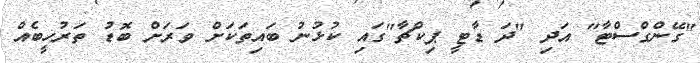
"ގޭންގްސްޓާ" އަދި "ދަ ޑާޓީ ޕިކްޗާ"ގައި ކުޅުނު ބައިތަކަށް ވަރަށް ބޮޑު ތަރުހީބެއް